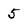
Character: 5